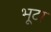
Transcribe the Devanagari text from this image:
भूटा